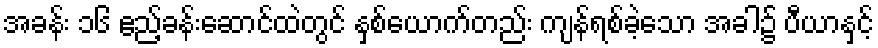
အခန်း ၁၆ ဧည့်ခန်းဆောင်ထဲတွင် နှစ်ယောက်တည်း ကျန်ရစ်ခဲ့သော အခါ၌ ပီယာနှင့်